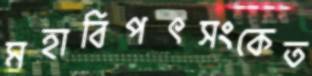
মহাবিপৎসংকেত